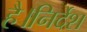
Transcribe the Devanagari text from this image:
है।निर्देश